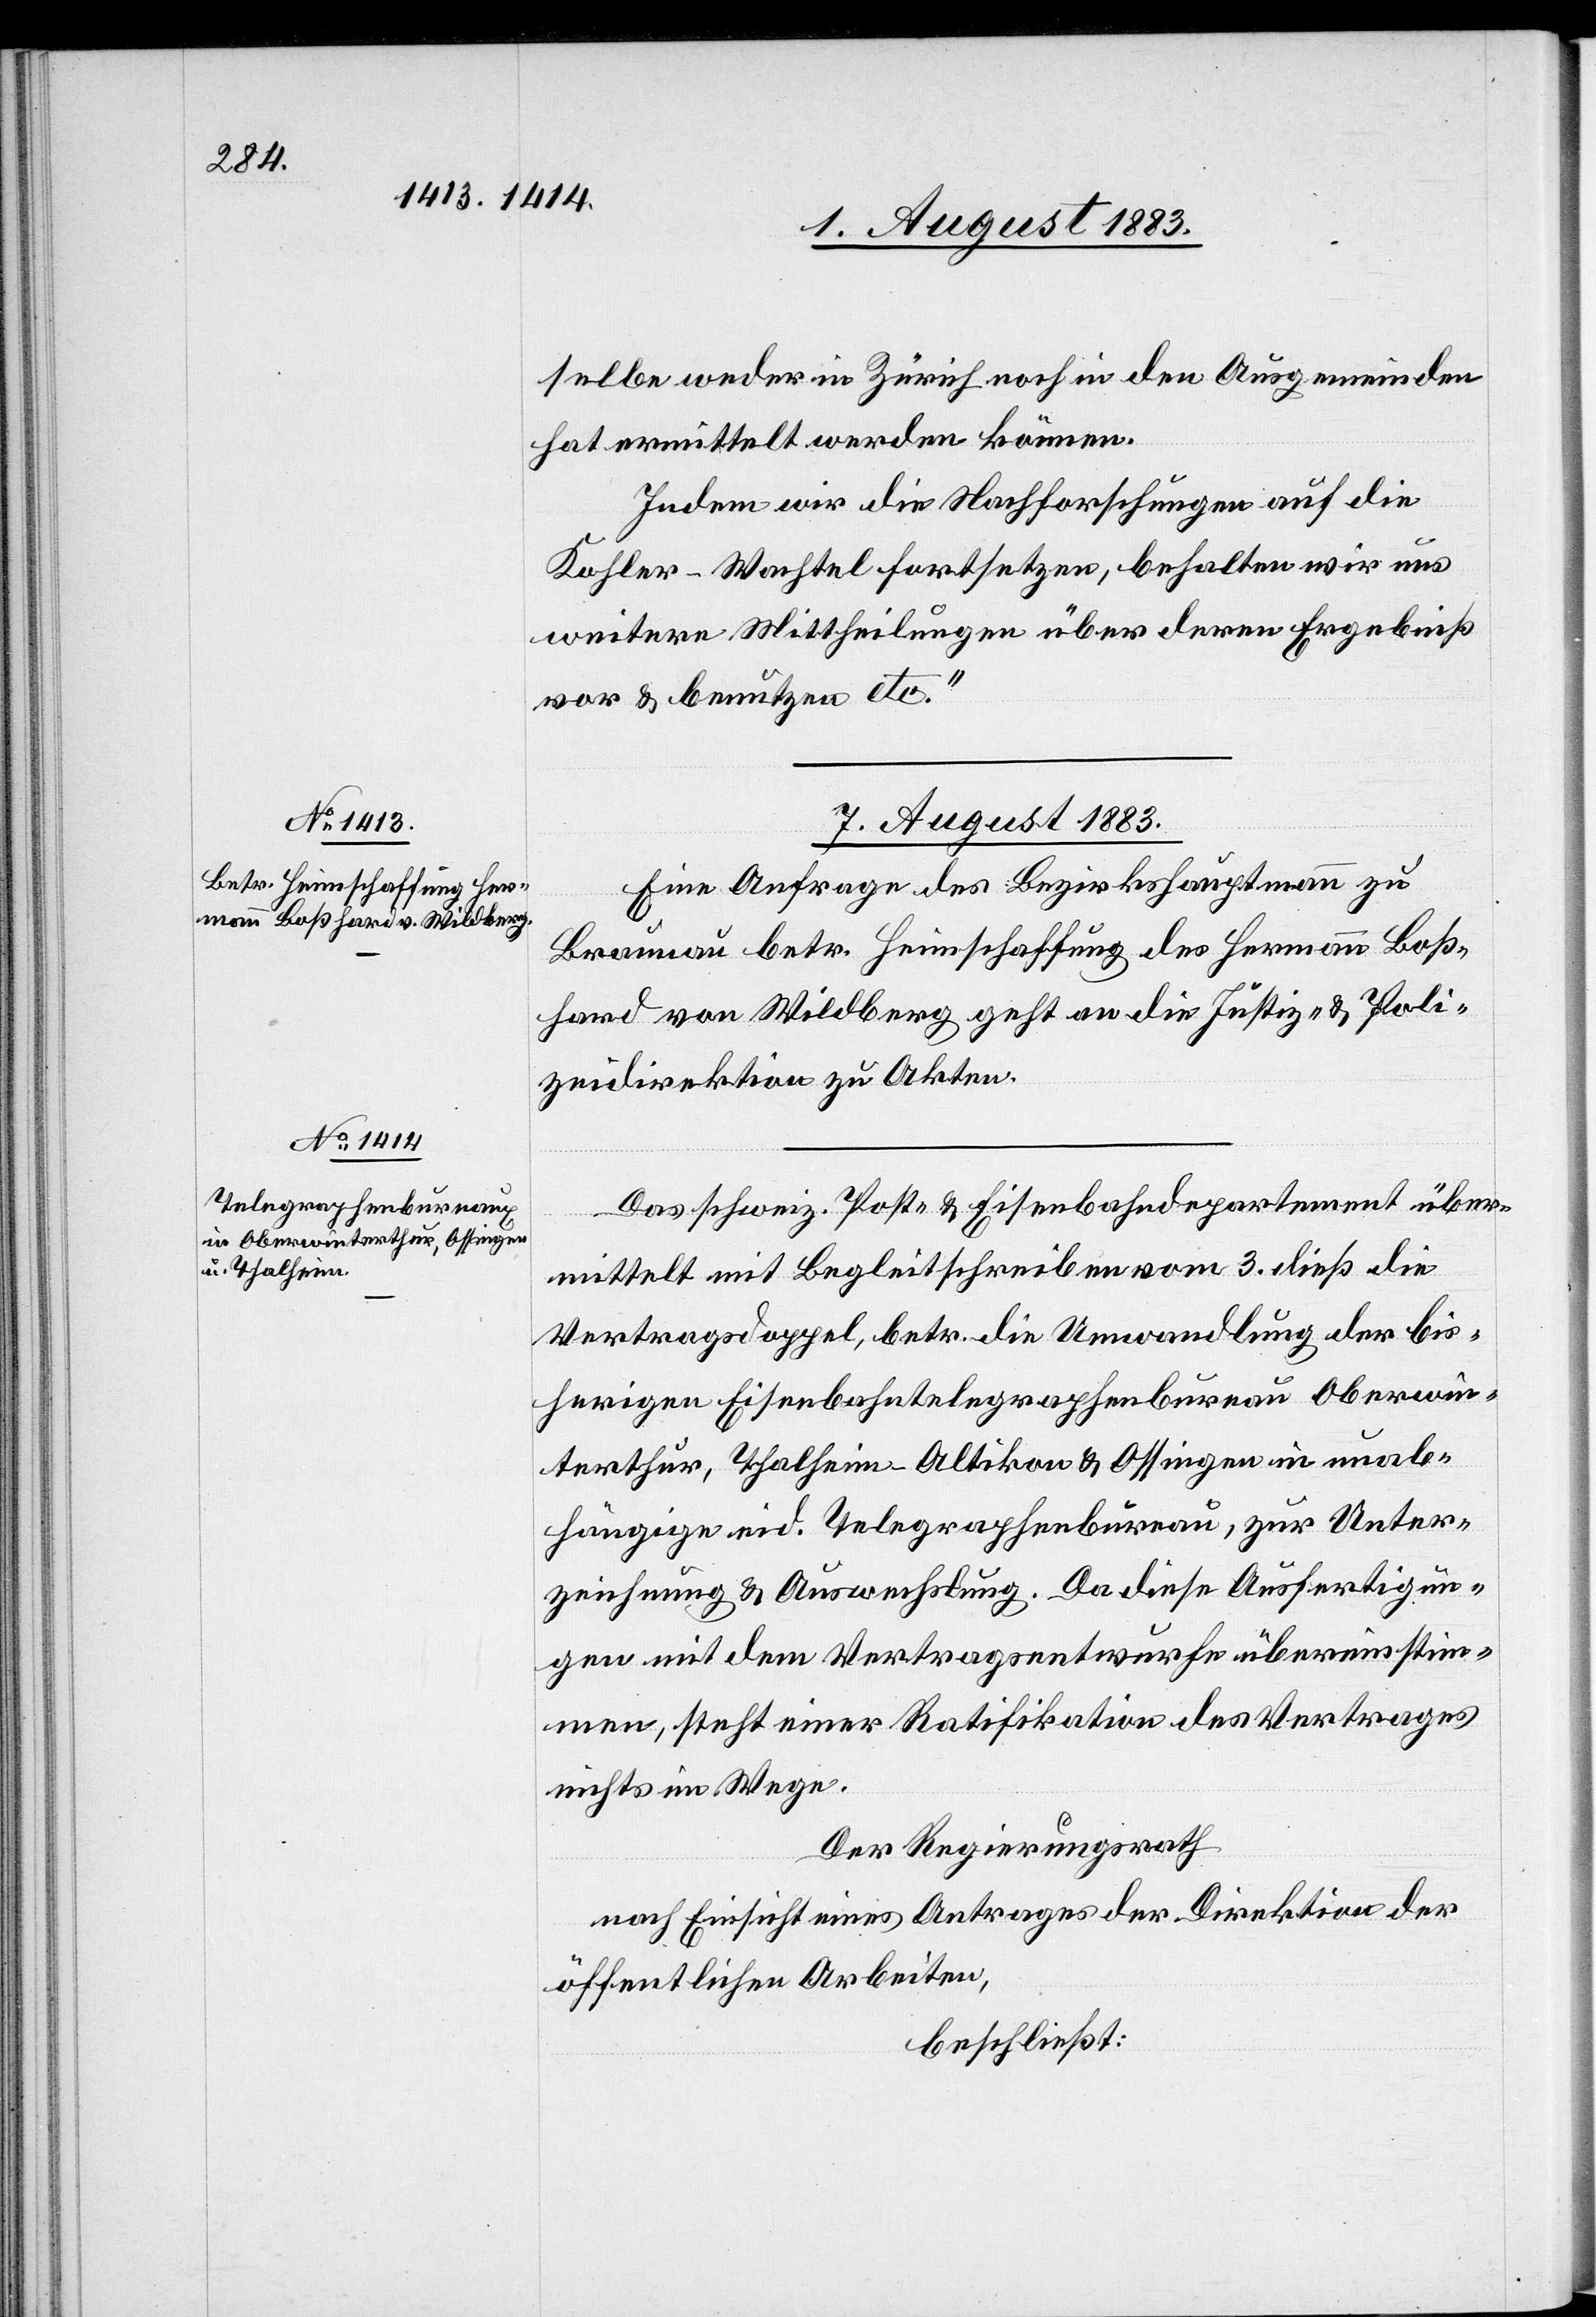
selbe weder in Zürich noch in den Ausgemeinden
hat ermittelt werden können.
Indem wir die Nachforschungen auf die
Kohler-Wachtel fortsetzen, behalten wir uns
weitere Mittheilungen über deren Ergebniß
vor & benutzen etc.“
7. August 1883.]
Eine Anfrage des Bezirkshauptmann zu
Braunau betr. Heimschaffung des Hermann Boß¬
hard von Wildberg geht an die Justiz- & Poli¬
zeidirektion zu Akten.
Das schweiz. Post- & Eisenbahndepartement über¬
mittelt mit Begleitschreiben vom 3. dieß die
Vertragsdoppel, betr. die Umwandlung der bis¬
herigen Eisenbahntelegraphenbureau Oberwin¬
terthur, Thalheim-Altikon & Ossingen in unab¬
hängige eid. Telegraphenbureau, zur Unter¬
zeichnung & Auswechslung. Da diese Ausfertigun¬
gen mit dem Vertragsentwurfe übereinstim¬
men, steht einer Ratifikation des Vertrages
nichts im Wege.
Der Regierungsrath,
nach Einsicht eines Antrages der Direktion der
öffentlichen Arbeiten,
beschließt: